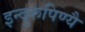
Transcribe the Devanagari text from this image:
इन्दुरूपिण्यै